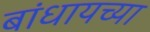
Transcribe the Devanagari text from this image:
बांधायच्या